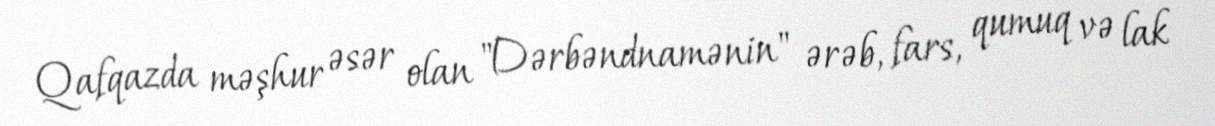
Qafqazda məşhur əsər olan "Dərbəndnamənin" ərəb, fars, qumuq və lak